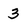
Character: 3